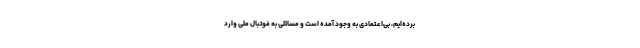
برده‌ایم، بی‌اعتمادی به وجود آمده است و مسائلی به فوتبال ملی وارد